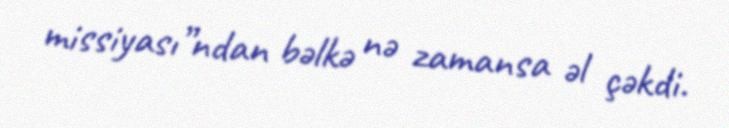
missiyası”ndan bəlkə nə zamansa əl çəkdi.